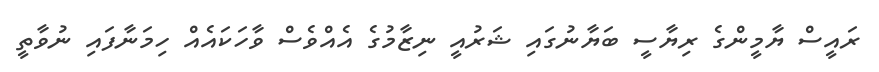
ރައީސް ޔާމީންގެ ރިޔާސީ ބަޔާނުގައި ޝަރުއީ ނިޒާމުގެ އެއްވެސް ވާހަކައެއް ހިމަނާފައި ނުވާތީ